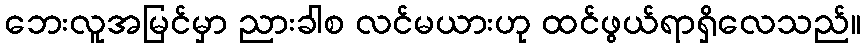
ဘေးလူအမြင်မှာ ညားခါစ လင်မယားဟု ထင်ဖွယ်ရာရှိလေသည်။